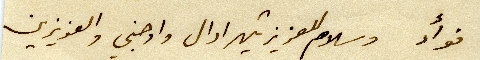
فؤاد وسلام للعزيزتين ادال واوجني والعزيزين